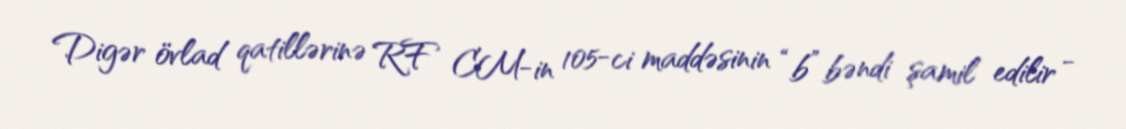
Digər övlad qatillərinə RF CM-in 105-ci maddəsinin “b” bəndi şamil edilir -